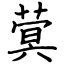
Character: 蓂